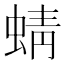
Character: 蜻